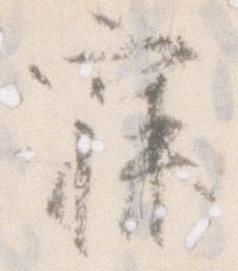
寐